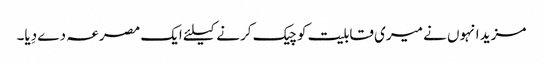
مزید انہوں نے میری قابلیت کو چیک کرنے کیلئے ایک مصرعہ دے دِیا۔